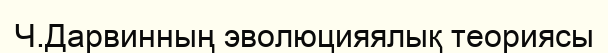
Ч.Дарвинның эволюцияялық теориясы